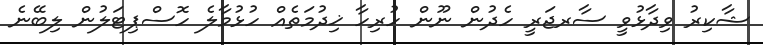
ޝާކިރު ވިދާޅުވީ ސާރޖަރީ ހެދުން ނޫން ހުރިހާ ޚިދުމަތެއް ހުޅުމާލެ ހޮސްޕިޓަލުން ލިބޭނެ